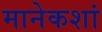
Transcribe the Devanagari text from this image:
मानेकशां